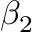
\beta _ { 2 }